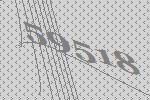
59518